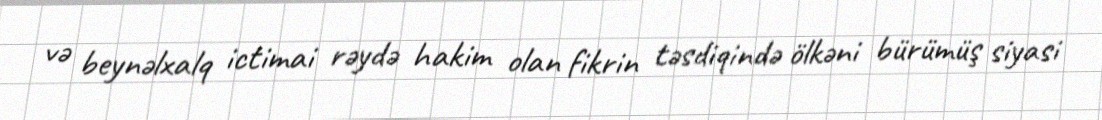
və beynəlxalq ictimai rəydə hakim olan fikrin təsdiqində ölkəni bürümüş siyasi